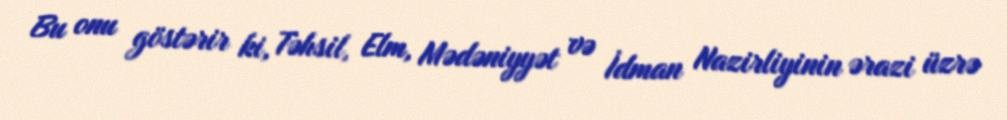
Bu onu göstərir ki, Təhsil, Elm, Mədəniyyət və İdman Nazirliyinin ərazi üzrə